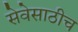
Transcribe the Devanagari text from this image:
सेवेसाठीच